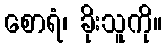
စောရံ၊ ခိုးသူကို။